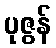
ပုဇွန်